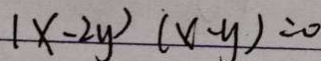
( x - 2 y ) ( x - y ) = 0